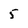
Character: 5